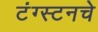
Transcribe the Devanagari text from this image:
टंग्स्टनचे